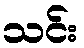
သင်း